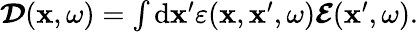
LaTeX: \begin{array}{r}{\boldsymbol{\mathcal{D}}(\mathbf{x},\omega)=\int\mathrm{d}\mathbf{x}^{\prime}\varepsilon(\mathbf{x},\mathbf{x}^{\prime},\omega)\boldsymbol{\mathcal{E}}(\mathbf{x}^{\prime},\omega).}\end{array}